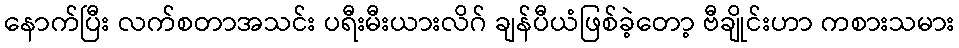
နောက်ပြီး လက်စတာအသင်း ပရီးမီးယားလိဂ် ချန်ပီယံဖြစ်ခဲ့တော့ ဗီချိုင်းဟာ ကစားသမား